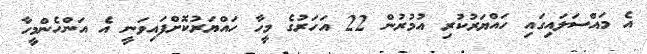
އެ މައްސަލައިގައި ހައްޔަރުކުރި އުމުރުން 22 އަހަރުގެ މީހާ ހައްޔަރުކޮށްފައިވަނީ އެ އަންހެންމީހާ